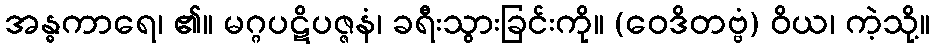
အန္ဓကာရေ၊ ၏။ မဂ္ဂပဋိပဇ္ဇနံ၊ ခရီးသွားခြင်းကို။ (ဝေဒိတဗ္ဗံ) ဝိယ၊ ကဲ့သို့။